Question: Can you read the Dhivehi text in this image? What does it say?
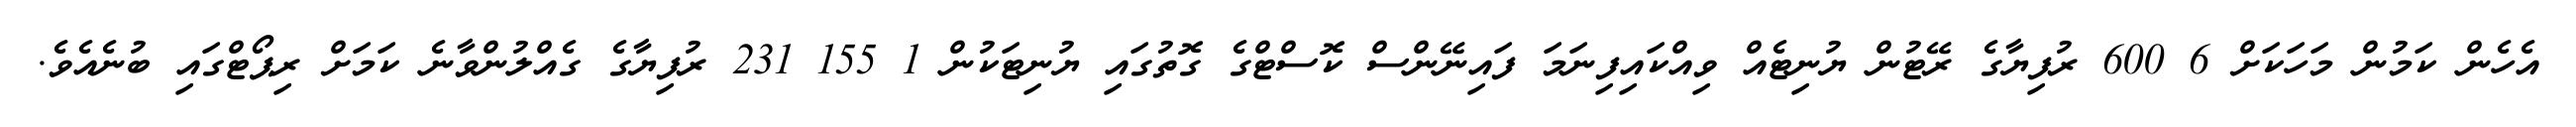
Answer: އެހެން ކަމުން މަހަކަށް 6 600 ރުފިޔާގެ ރޭޓުން ޔުނިޓެއް ވިއްކައިފިނަމަ ފައިނޭންސް ކޮސްޓްގެ ގޮތުގައި ޔުނިޓަކުން 1 155 231 ރުފިޔާގެ ގެއްލުންވާނެ ކަމަށް ރިޕޯޓްގައި ބުނެއެވެ.